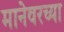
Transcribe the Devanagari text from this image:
मानेवरच्या